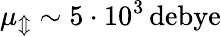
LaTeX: \mu_{\Updownarrow}\sim 5\cdot 10^{3}\, \mathrm{debye}